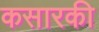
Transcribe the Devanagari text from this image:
कसारकी